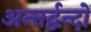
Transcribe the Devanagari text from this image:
अन्तर्द्वन्दों